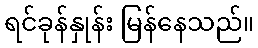
ရင်ခုန်နှုန်း မြန်နေသည်။